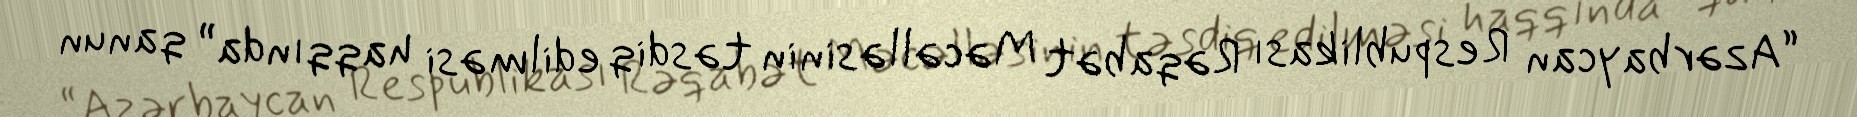
“Azərbaycan Respublikası Rəqabət Məcəlləsinin təsdiq edilməsi haqqında” qanun